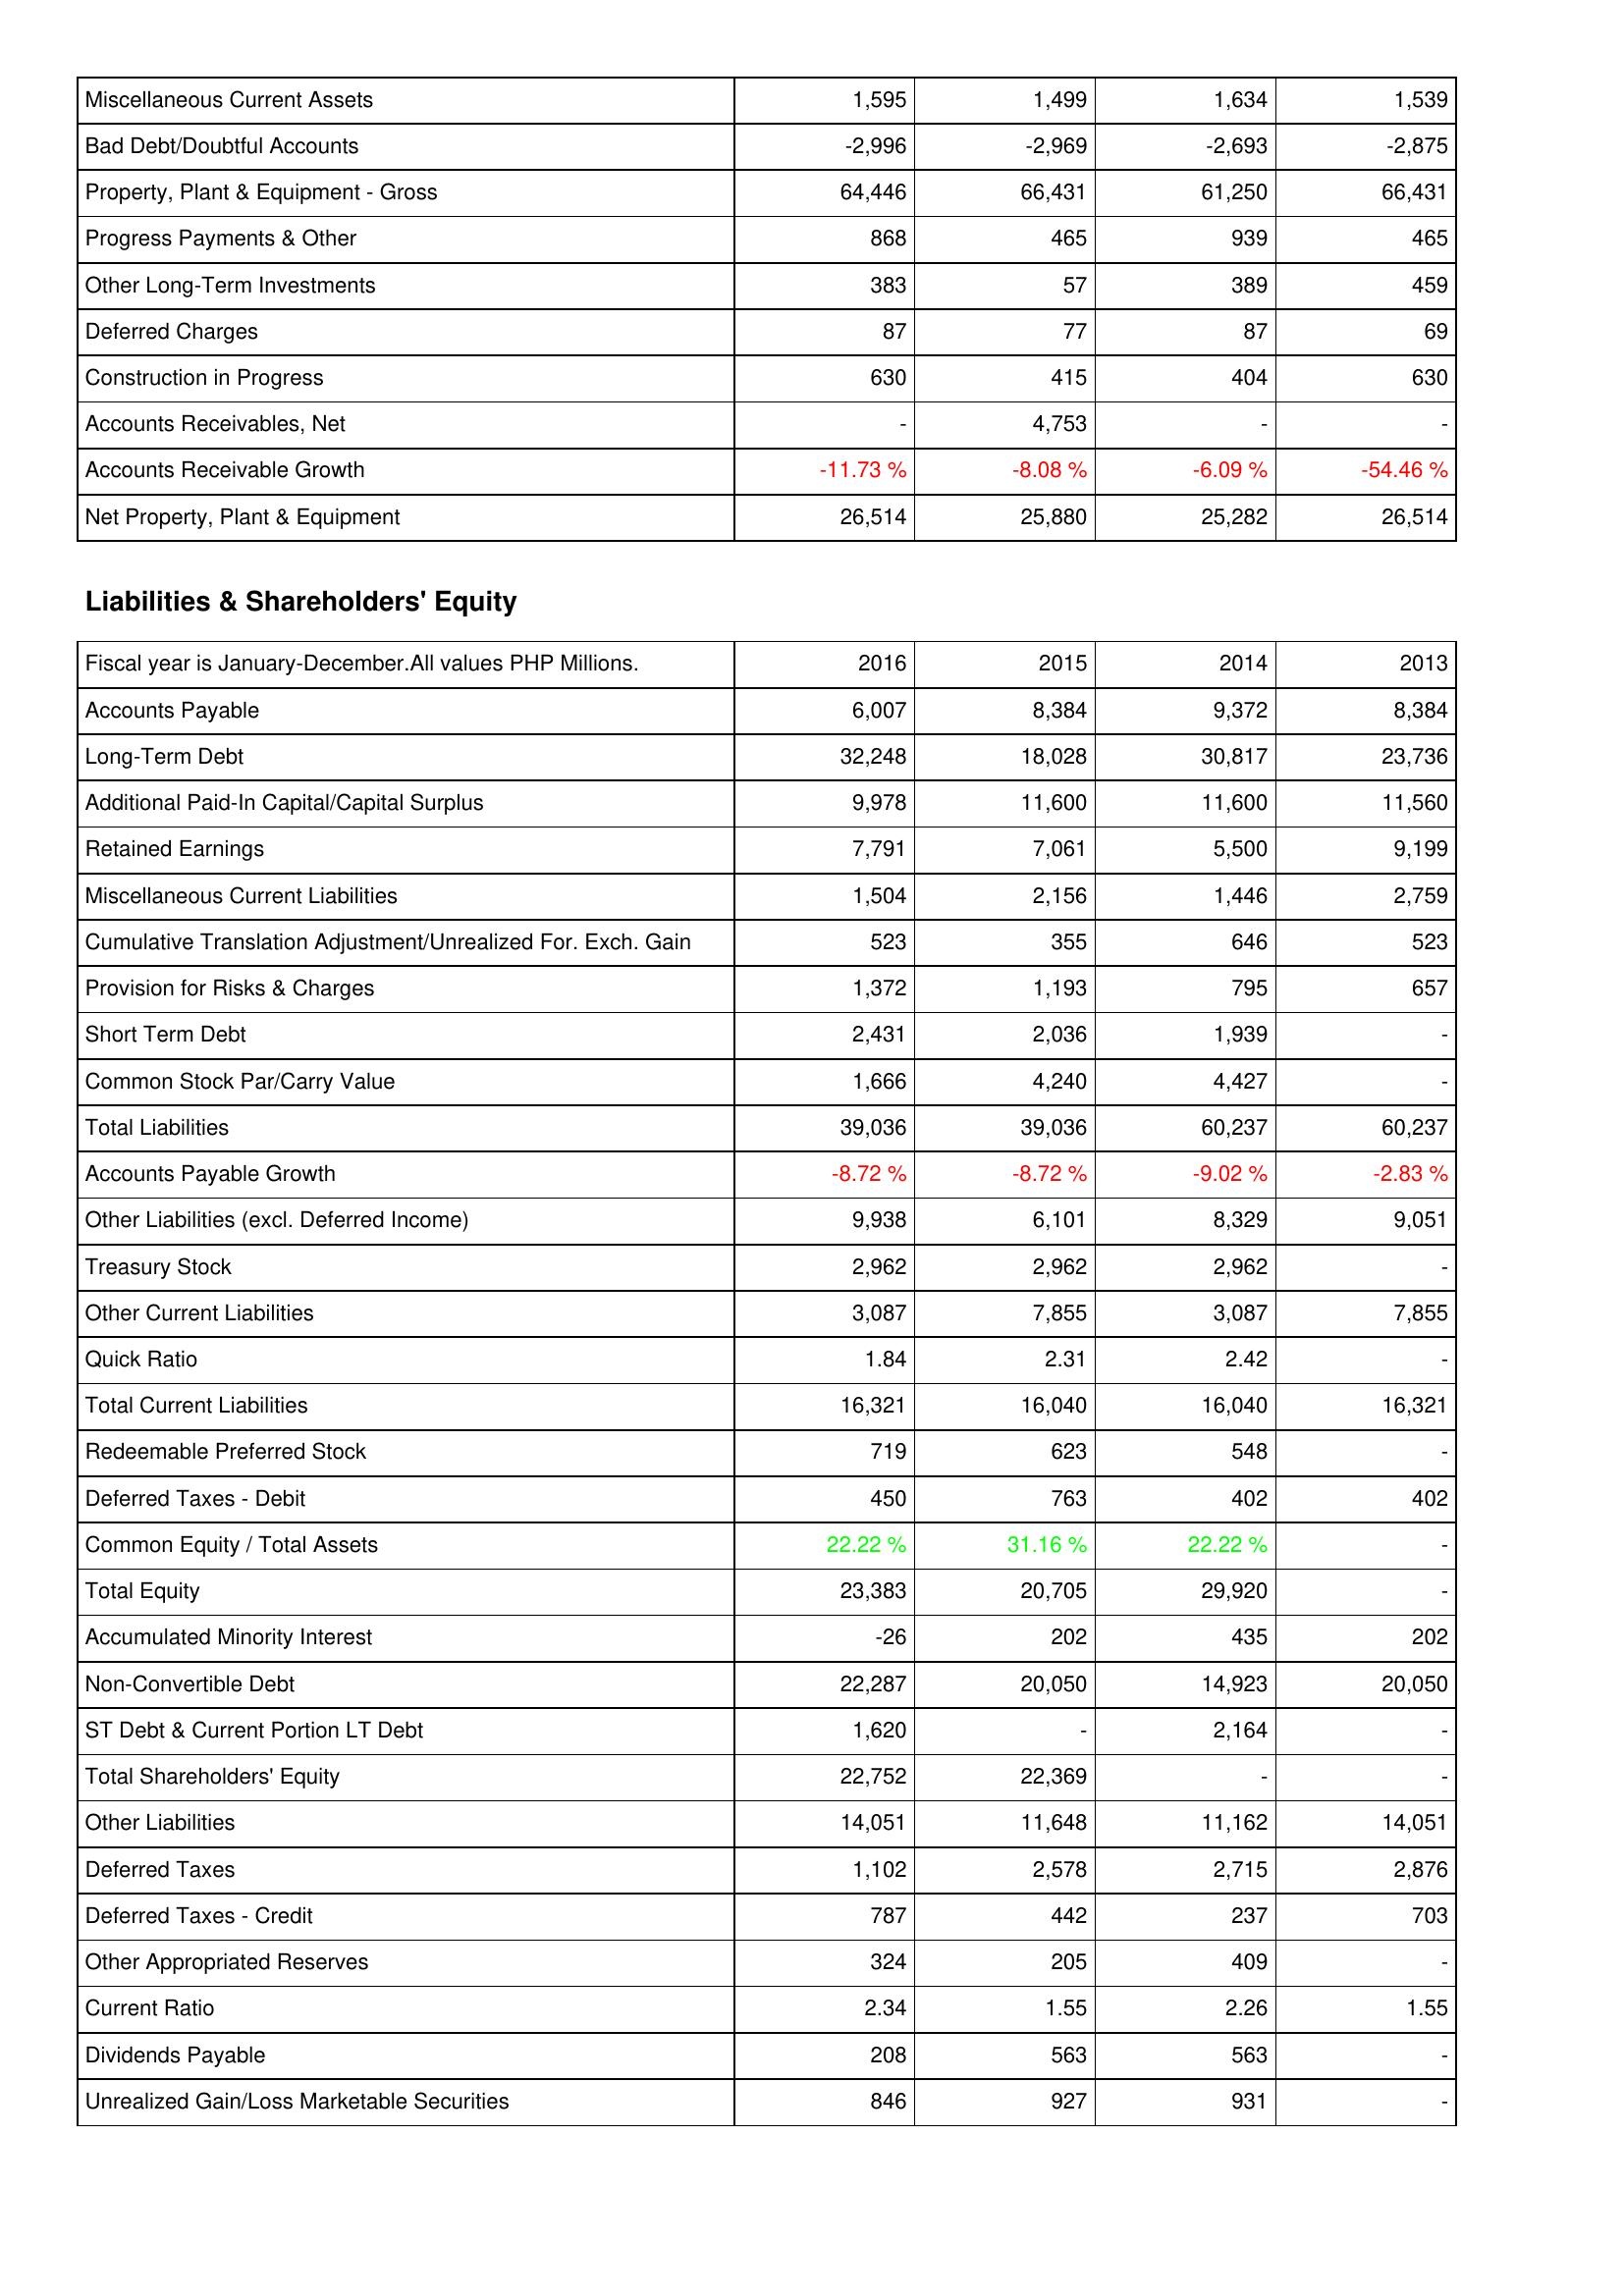
2016: Assets: Miscellaneous Current Assets: 1,595
Bad Debt/Doubtful Accounts: -2,996
Property, Plant & Equipment - Gross: 64,446
Progress Payments & Other: 868
Other Long-Term Investments: 383
Deferred Charges: 87
Construction in Progress: 630
Accounts Receivables, Net: -
Accounts Receivable Growth: -11.73 %
Net Property, Plant & Equipment: 26,514
Liabilities & Shareholders' Equity: Accounts Payable: 6,007
Long-Term Debt: 32,248
Additional Paid-In Capital/Capital Surplus: 9,978
Retained Earnings: 7,791
Miscellaneous Current Liabilities: 1,504
Cumulative Translation Adjustment/Unrealized For. Exch. Gain: 523
Provision for Risks & Charges: 1,372
Short Term Debt: 2,431
Common Stock Par/Carry Value: 1,666
Total Liabilities: 39,036
Accounts Payable Growth: -8.72 %
Other Liabilities (excl. Deferred Income): 9,938
Treasury Stock: 2,962
Other Current Liabilities: 3,087
Quick Ratio: 1.84
Total Current Liabilities: 16,321
Redeemable Preferred Stock: 719
Deferred Taxes - Debit: 450
Common Equity / Total Assets: 22.22 %
Total Equity: 23,383
Accumulated Minority Interest: -26
Non-Convertible Debt: 22,287
ST Debt & Current Portion LT Debt: 1,620
Total Shareholders' Equity: 22,752
Other Liabilities: 14,051
Deferred Taxes: 1,102
Deferred Taxes - Credit: 787
Other Appropriated Reserves: 324
Current Ratio: 2.34
Dividends Payable: 208
Unrealized Gain/Loss Marketable Securities: 846
2015: Assets: Miscellaneous Current Assets: 1,499
Bad Debt/Doubtful Accounts: -2,969
Property, Plant & Equipment - Gross: 66,431
Progress Payments & Other: 465
Other Long-Term Investments: 57
Deferred Charges: 77
Construction in Progress: 415
Accounts Receivables, Net: 4,753
Accounts Receivable Growth: -8.08 %
Net Property, Plant & Equipment: 25,880
Liabilities & Shareholders' Equity: Accounts Payable: 8,384
Long-Term Debt: 18,028
Additional Paid-In Capital/Capital Surplus: 11,600
Retained Earnings: 7,061
Miscellaneous Current Liabilities: 2,156
Cumulative Translation Adjustment/Unrealized For. Exch. Gain: 355
Provision for Risks & Charges: 1,193
Short Term Debt: 2,036
Common Stock Par/Carry Value: 4,240
Total Liabilities: 39,036
Accounts Payable Growth: -8.72 %
Other Liabilities (excl. Deferred Income): 6,101
Treasury Stock: 2,962
Other Current Liabilities: 7,855
Quick Ratio: 2.31
Total Current Liabilities: 16,040
Redeemable Preferred Stock: 623
Deferred Taxes - Debit: 763
Common Equity / Total Assets: 31.16 %
Total Equity: 20,705
Accumulated Minority Interest: 202
Non-Convertible Debt: 20,050
ST Debt & Current Portion LT Debt: -
Total Shareholders' Equity: 22,369
Other Liabilities: 11,648
Deferred Taxes: 2,578
Deferred Taxes - Credit: 442
Other Appropriated Reserves: 205
Current Ratio: 1.55
Dividends Payable: 563
Unrealized Gain/Loss Marketable Securities: 927
2014: Assets: Miscellaneous Current Assets: 1,634
Bad Debt/Doubtful Accounts: -2,693
Property, Plant & Equipment - Gross: 61,250
Progress Payments & Other: 939
Other Long-Term Investments: 389
Deferred Charges: 87
Construction in Progress: 404
Accounts Receivables, Net: -
Accounts Receivable Growth: -6.09 %
Net Property, Plant & Equipment: 25,282
Liabilities & Shareholders' Equity: Accounts Payable: 9,372
Long-Term Debt: 30,817
Additional Paid-In Capital/Capital Surplus: 11,600
Retained Earnings: 5,500
Miscellaneous Current Liabilities: 1,446
Cumulative Translation Adjustment/Unrealized For. Exch. Gain: 646
Provision for Risks & Charges: 795
Short Term Debt: 1,939
Common Stock Par/Carry Value: 4,427
Total Liabilities: 60,237
Accounts Payable Growth: -9.02 %
Other Liabilities (excl. Deferred Income): 8,329
Treasury Stock: 2,962
Other Current Liabilities: 3,087
Quick Ratio: 2.42
Total Current Liabilities: 16,040
Redeemable Preferred Stock: 548
Deferred Taxes - Debit: 402
Common Equity / Total Assets: 22.22 %
Total Equity: 29,920
Accumulated Minority Interest: 435
Non-Convertible Debt: 14,923
ST Debt & Current Portion LT Debt: 2,164
Total Shareholders' Equity: -
Other Liabilities: 11,162
Deferred Taxes: 2,715
Deferred Taxes - Credit: 237
Other Appropriated Reserves: 409
Current Ratio: 2.26
Dividends Payable: 563
Unrealized Gain/Loss Marketable Securities: 931
2013: Assets: Miscellaneous Current Assets: 1,539
Bad Debt/Doubtful Accounts: -2,875
Property, Plant & Equipment - Gross: 66,431
Progress Payments & Other: 465
Other Long-Term Investments: 459
Deferred Charges: 69
Construction in Progress: 630
Accounts Receivables, Net: -
Accounts Receivable Growth: -54.46 %
Net Property, Plant & Equipment: 26,514
Liabilities & Shareholders' Equity: Accounts Payable: 8,384
Long-Term Debt: 23,736
Additional Paid-In Capital/Capital Surplus: 11,560
Retained Earnings: 9,199
Miscellaneous Current Liabilities: 2,759
Cumulative Translation Adjustment/Unrealized For. Exch. Gain: 523
Provision for Risks & Charges: 657
Short Term Debt: -
Common Stock Par/Carry Value: -
Total Liabilities: 60,237
Accounts Payable Growth: -2.83 %
Other Liabilities (excl. Deferred Income): 9,051
Treasury Stock: -
Other Current Liabilities: 7,855
Quick Ratio: -
Total Current Liabilities: 16,321
Redeemable Preferred Stock: -
Deferred Taxes - Debit: 402
Common Equity / Total Assets: -
Total Equity: -
Accumulated Minority Interest: 202
Non-Convertible Debt: 20,050
ST Debt & Current Portion LT Debt: -
Total Shareholders' Equity: -
Other Liabilities: 14,051
Deferred Taxes: 2,876
Deferred Taxes - Credit: 703
Other Appropriated Reserves: -
Current Ratio: 1.55
Dividends Payable: -
Unrealized Gain/Loss Marketable Securities: -